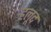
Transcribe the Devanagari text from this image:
हलूद